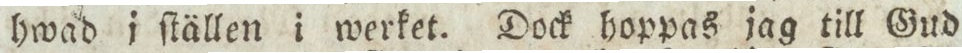
hwad i ſtällen i werket. Dock hoppas jag till Gud